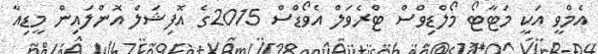
އެމްވީ އަކީ މަޓާޓޯ މޯލްޑިވްސް ޓްރެވަލް އެވޯޑްސް 2015ގެ އޮފިޝަލް އޮންލައިން މީޑިއާ